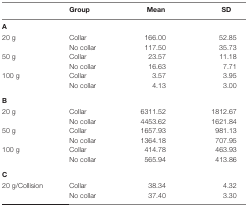
<table><thead><tr><td></td><td><b>Group</b></td><td><b>Mean</b></td><td><b>SD</b></td></tr></thead><tbody><tr><td><b>A</b></td></tr><tr><td rowspan="2">20 g</td><td>Collar</td><td>166.00</td><td>52.85</td></tr><tr><td>No collar</td><td>117.50</td><td>35.73</td></tr><tr><td rowspan="2">50 g</td><td>Collar</td><td>23.57</td><td>11.18</td></tr><tr><td>No collar</td><td>16.63</td><td>7.71</td></tr><tr><td rowspan="2">100 g</td><td>Collar</td><td>3.57</td><td>3.95</td></tr><tr><td>No collar</td><td>4.13</td><td>3.00</td></tr><tr><td colspan="4"><b>B</b></td></tr><tr><td rowspan="2">20 g</td><td>Collar</td><td>6311.52</td><td>1812.67</td></tr><tr><td>No collar</td><td>4453.62</td><td>1621.84</td></tr><tr><td rowspan="2">50 g</td><td>Collar</td><td>1657.93</td><td>981.13</td></tr><tr><td>No collar</td><td>1364.18</td><td>707.95</td></tr><tr><td rowspan="2">100 g</td><td>Collar</td><td>414.78</td><td>463.93</td></tr><tr><td>No collar</td><td>565.94</td><td>413.86</td></tr><tr><td colspan="4"><b>C</b></td></tr><tr><td rowspan="2">20 g/Collision</td><td>Collar</td><td>38.34</td><td>4.32</td></tr><tr><td>No collar</td><td>37.40</td><td>3.30</td></tr></tbody></table>